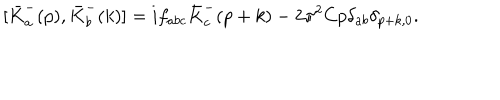
[ { \bar { K } } _ { a } ^ { - } ( p ) , { \bar { K } } _ { b } ^ { - } ( k ) ] = i f _ { a b c } { \bar { K } } _ { c } ^ { - } ( p + k ) - 2 { \pi } ^ { 2 } C p { \delta } _ { a b } { \delta } _ { p + k , 0 } .